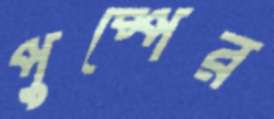
পুষ্পের